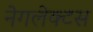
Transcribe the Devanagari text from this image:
नेगलेक्टस